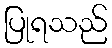
ပြုရသည်